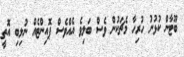
ބޫޓާން ކުޅުނު ހުރިހާ މެޗަކުން ވެސް ބަލިވެ އެއްވެސް ޕޮއިންޓެއް ނުލިބި އޮތީ